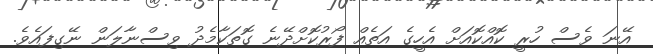
އޭނަ ވެސް ހުރީ ކޮއްކޮއަށް އެހީގެ އަތެއް ފޯރުކޮށްދޭނެ ގޮތަކާމެދު ވިސްނާލަން ނޭގިފައެވެ.